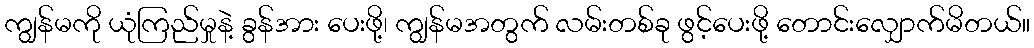
ကျွန်မကို ယုံကြည်မှုနဲ့ ခွန်အား ပေးဖို့၊ ကျွန်မအတွက် လမ်းတစ်ခု ဖွင့်ပေးဖို့ တောင်းလျှောက်မိတယ်။